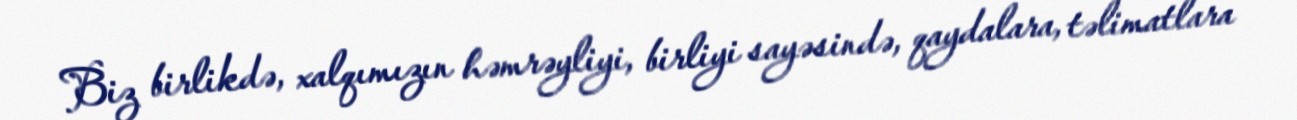
Biz birlikdə, xalqımızın həmrəyliyi, birliyi sayəsində, qaydalara, təlimatlara